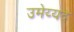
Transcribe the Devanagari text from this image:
उमेय्यद